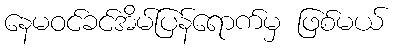
နေမဝင်ခင်အိမ်ပြန်ရောက်မှ ဖြစ်မယ်